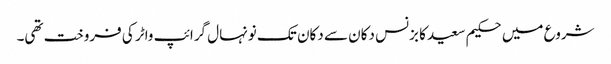
شروع میں حکیم سعید کا بزنس دکان سے دکان تک نونہال گرائپ واٹر کی فروخت تھی۔